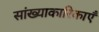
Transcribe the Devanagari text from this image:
सांख्याकारिकाएँ